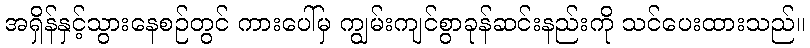
အရှိန်နှင့်သွားနေစဉ်တွင် ကားပေါ်မှ ကျွမ်းကျင်စွာခုန်ဆင်းနည်းကို သင်ပေးထားသည်။